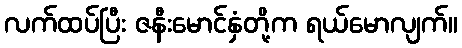
လက်ထပ်ပြီး ဇနီးမောင်နှံတို့က ရယ်မောလျက်။